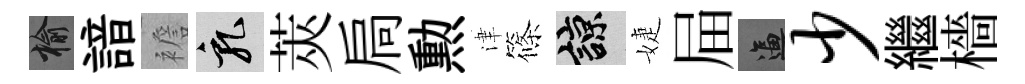
榆諳襜乳莢扃勲津篠諒婕屇逼少繼檣